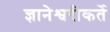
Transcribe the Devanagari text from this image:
ज्ञानेश्वरीकर्ते